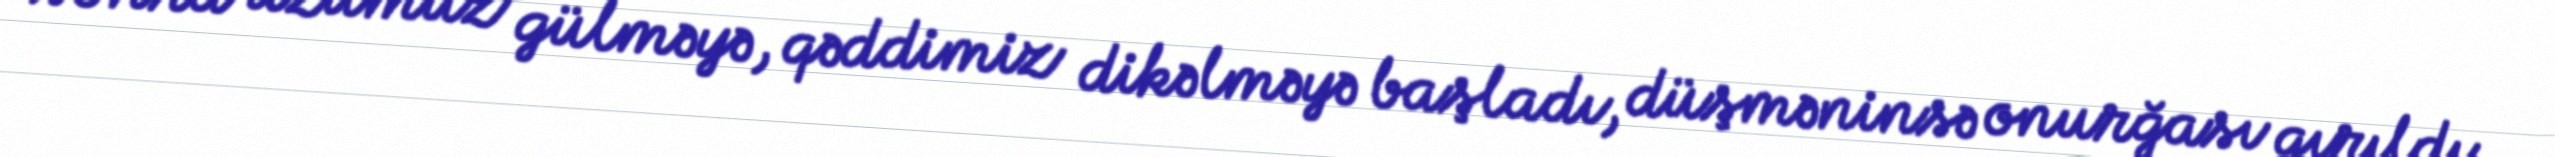
sonra üzümüz gülməyə, qəddimiz dikəlməyə başladı, düşməninsə onurğası qırıldı.